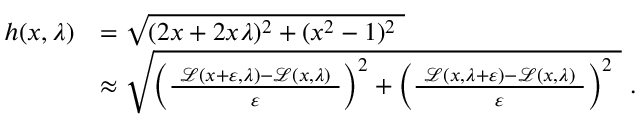
{ \begin{array} { r l } { h ( x , \lambda ) } & { = { \sqrt { ( 2 x + 2 x \lambda ) ^ { 2 } + ( x ^ { 2 } - 1 ) ^ { 2 } \ } } } \\ & { \approx { \sqrt { \left( { \frac { \ { \mathcal { L } } ( x + \varepsilon , \lambda ) - { \mathcal { L } } ( x , \lambda ) \ } { \varepsilon } } \right) ^ { 2 } + \left( { \frac { \ { \mathcal { L } } ( x , \lambda + \varepsilon ) - { \mathcal { L } } ( x , \lambda ) \ } { \varepsilon } } \right) ^ { 2 } \ } } ~ . } \end{array} }